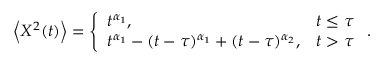
\begin{array} { r } { \left< X ^ { 2 } ( t ) \right> = \left\{ \begin{array} { l l } { t ^ { \alpha _ { 1 } } , } & { t \leq \tau } \\ { t ^ { \alpha _ { 1 } } - ( t - \tau ) ^ { \alpha _ { 1 } } + ( t - \tau ) ^ { \alpha _ { 2 } } , } & { t > \tau } \end{array} \right. . } \end{array}